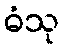
ဓံသု